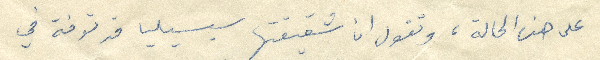
على هذه الحالة، وتقول ان شقيقتها سيسيليا قد توفة في